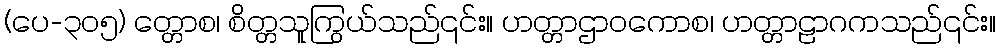
(ပေ-၃၀၅) တ္တောစ၊ စိတ္တသူကြွယ်သည်၎င်း။ ဟတ္တာဌာဝကောစ၊ ဟတ္တာဠာဂကသည်၎င်း။